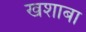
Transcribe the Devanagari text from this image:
खशाबा